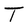
Character: T